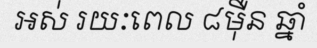
អស់ រយៈពេល ៨ម៉ឺន ឆ្នាំ